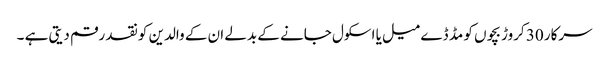
سرکار 30 کروڑ بچوں کو مڈ ڈے میل یا اسکول جانے کے بدلے ان کے والدین کو نقد رقم دیتی ہے ۔